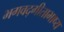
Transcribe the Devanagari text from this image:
भगवद्गीताभाष्य